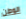
الوطن